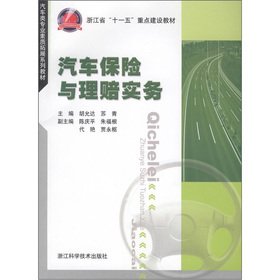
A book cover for The Automotive Professional Quality Development textbook series: car insurance and claims Practice(Chinese Edition); HU YUN DA SU QING; Engineering & Transportation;